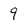
Character: 9